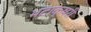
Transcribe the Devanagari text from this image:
भटाक्षरी